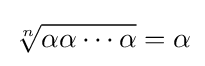
{\sqrt[{n}]{\alpha \alpha \cdots \alpha }}=\alpha